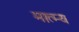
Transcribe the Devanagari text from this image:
मात्म्य